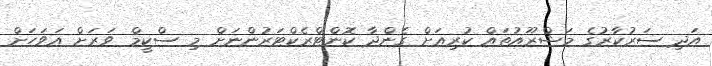
އަދި ސަރުކާރުގެ މަޝްރޫއުތައް ކުރިއަށް ގެންދާ ކޮންޓްރެކްޓަރުންނަށް މި ސްކީމް ވަރަށް އަވަހަށް